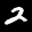
Label: 2